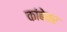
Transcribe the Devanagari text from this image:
कांबेवर